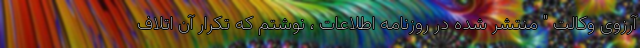
آرزوی وکالت " منتشر شده در روزنامه اطلاعات ، نوشتم که تکرار آن اتلاف